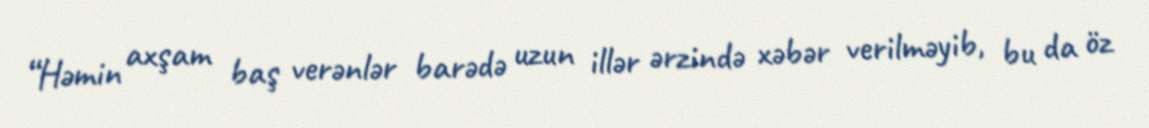
“Həmin axşam baş verənlər barədə uzun illər ərzində xəbər verilməyib, bu da öz